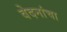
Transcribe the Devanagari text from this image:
वेदनांचा